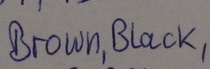
Text: Brown,Black,